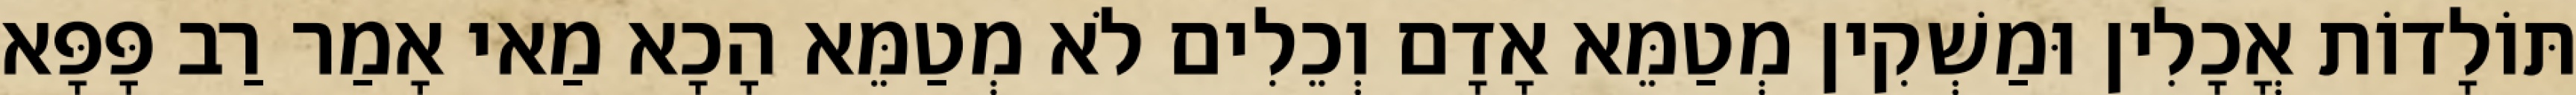
תּוֹלָדוֹת אֳכָלִין וּמַשְׁקִין מְטַמֵּא אָדָם וְכֵלִים לֹא מְטַמֵּא הָכָא מַאי אָמַר רַב פָּפָּא